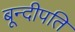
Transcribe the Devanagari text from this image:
बून्दीपति